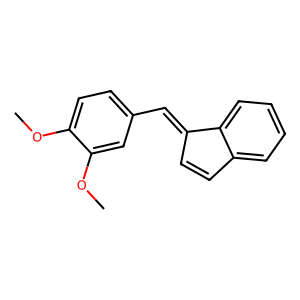
SMILES: COc1ccc(C=C2C=Cc3ccccc32)cc1OC
Inhibits HIV replication: No